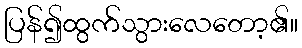
ပြန်၍ထွက်သွားလေတော့၏။